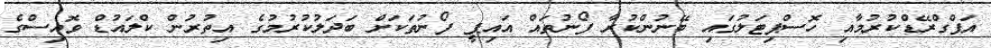
އަޕްގްރޭޑްކުރުމާއި ހޮސްޕިޓަލުގައި ބޭނުންކުރާ ފޯނުތައް އައިޕީ ފޯނުތަކަށް ބަދަލުކުރުމުގެ އިތުރުން ކްލައުޑް ވޮއިސްގެ